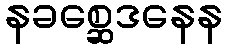
နခစ္ဆေဒနေန